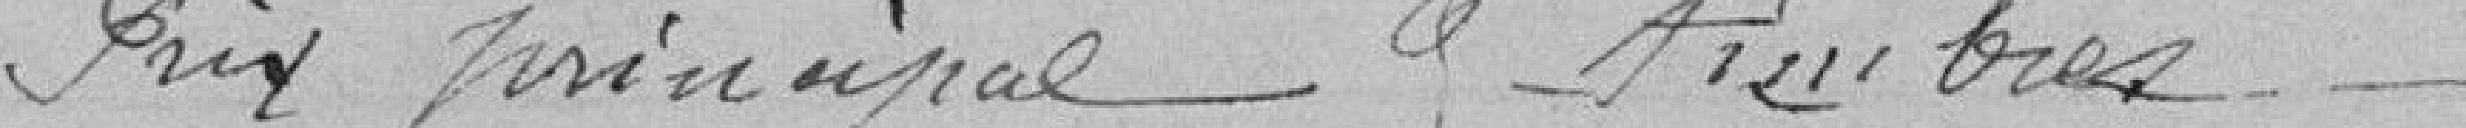
Prix principal & timbres